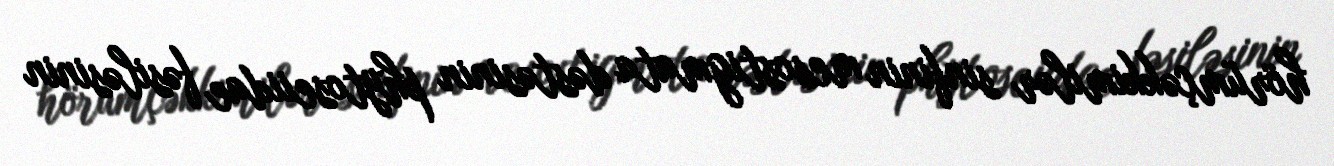
hörümçəkkimilər sinfinin mesostigmata dəstəsinin phytoseiidae fəsiləsinin